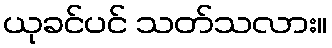
ယုခင်ပင် သတ်သလား။